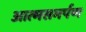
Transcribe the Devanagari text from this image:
आत्‍मसमर्पण